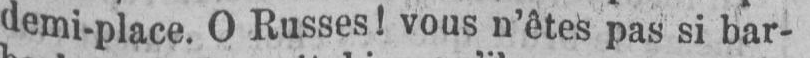
demi-place. O Russes! vous n’êtes pas si bar-